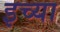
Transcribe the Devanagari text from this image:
इच्या